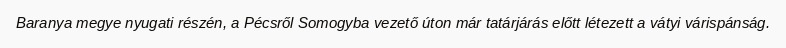
Baranya megye nyugati részén, a Pécsről Somogyba vezető úton már tatárjárás előtt létezett a vátyi várispánság.